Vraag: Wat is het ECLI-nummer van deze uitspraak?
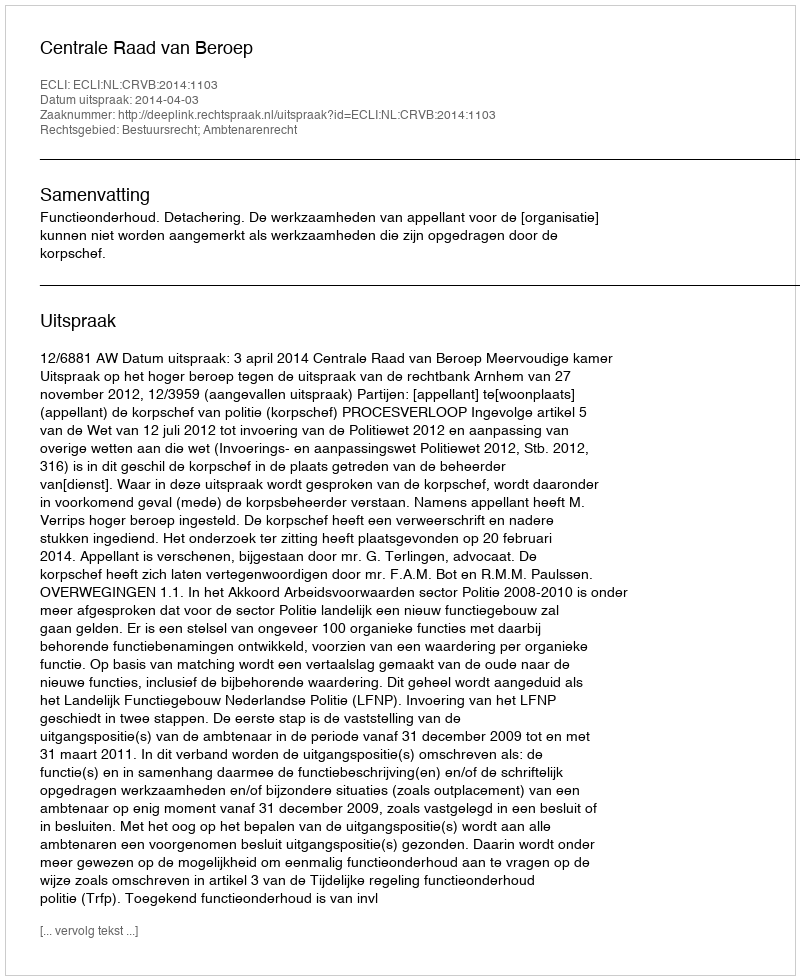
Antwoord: ECLI:NL:CRVB:2014:1103